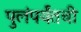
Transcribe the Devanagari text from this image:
पुलंपर्यंतची